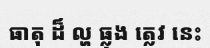
ធាតុ ដ៏ ល្ហ ធ្លុង ត្លេវ នេះ